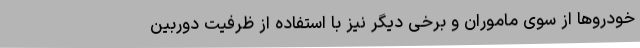
خودروها از سوی ماموران و برخی دیگر نیز با استفاده از ظرفیت دوربین